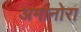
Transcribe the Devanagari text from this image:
अमानोरा